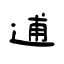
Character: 逋